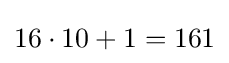
16\cdot 10+1=161